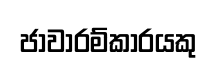
ජාවාරම්කාරයකු